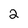
Character: 2